65_HS1-834228961_62-HQ-83894_Section_3
Agency: FBI
Page 53
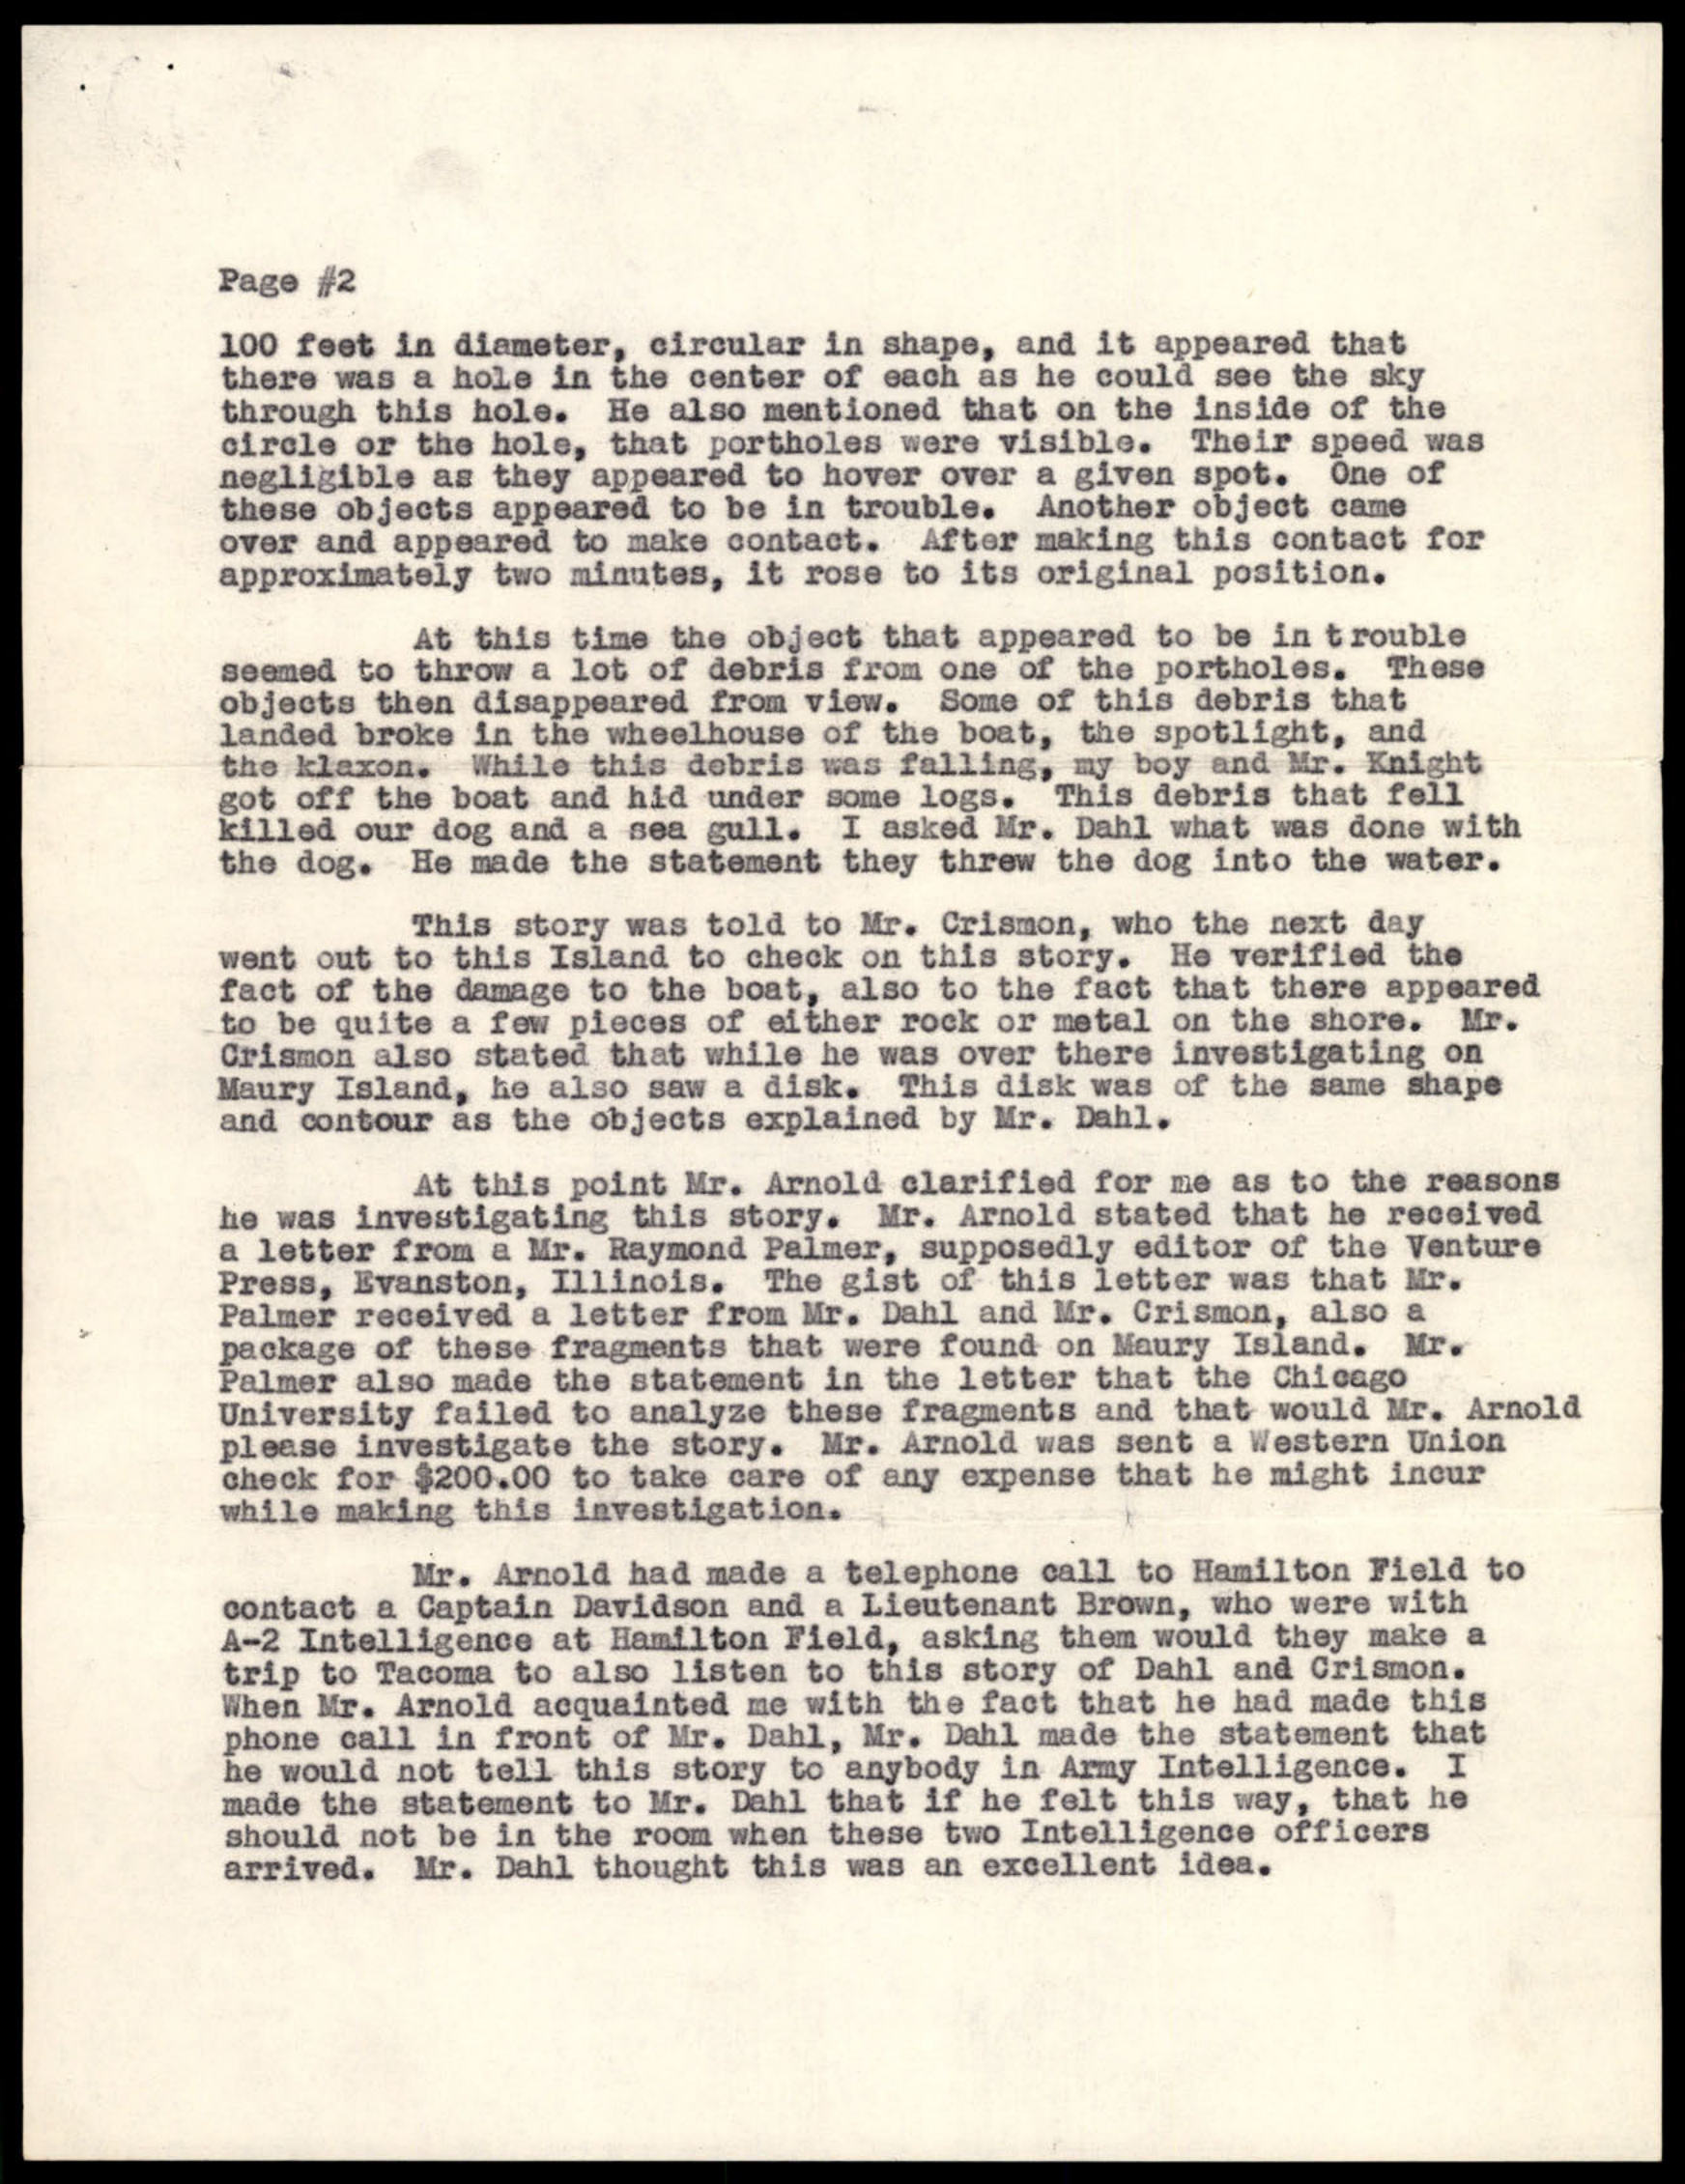